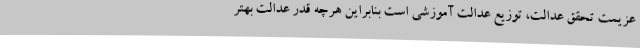
عزیمت تحقق عدالت، توزیع عدالت آموزشی است بنابراین هرچه قدر عدالت بهتر